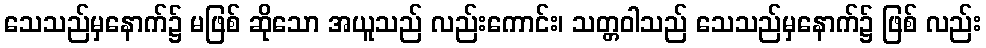
သေသည်မှနောက်၌ မဖြစ် ဆိုသော အယူသည် လည်းကောင်း၊ သတ္တဝါသည် သေသည်မှနောက်၌ ဖြစ် လည်း